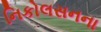
નિકોલસનના